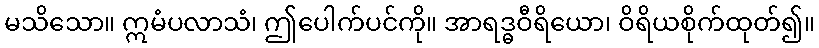
မသိသော။ ဣမံပလာသံ၊ ဤပေါက်ပင်ကို။ အာရဒ္ဓဝီရိယော၊ ဝိရိယစိုက်ထုတ်၍။